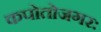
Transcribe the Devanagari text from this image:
कपोतोजगरः